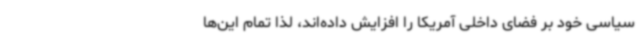
سیاسی خود بر فضای داخلی آمریکا را افزایش داده‌اند، لذا تمام این‌ها